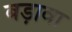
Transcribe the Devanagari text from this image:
बड़ावा